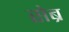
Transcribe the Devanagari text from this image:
सेब्र